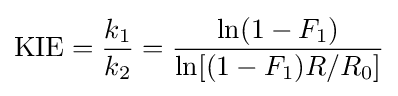
{\text{KIE}}={\frac {k_{1}}{k_{2}}}={\frac {\ln(1-F_{1})}{\ln[(1-F_{1})R/R_{0}]}}